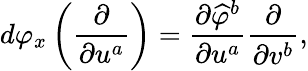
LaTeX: d\varphi_{x}\left({\frac{\partial}{\partial u^{a}}}\right)={\frac{\partial{\widehat{\varphi}}^{b}}{\partial u^{a}}}{\frac{\partial}{\partial v^{b}}},